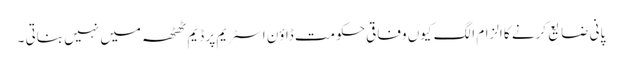
پانی ضایع کرنے کا الزام الگ کیوں وفاقی حکومت ڈاؤن اسٹریم پر ڈیم ٹھٹھہ میں نہیں بناتی ۔